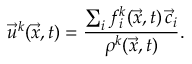
\vec { u } ^ { k } ( \vec { x } , t ) = \frac { \sum _ { i } f _ { i } ^ { k } ( \vec { x } , t ) \, \vec { c } _ { i } } { \rho ^ { k } ( \vec { x } , t ) } .